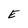
Character: E